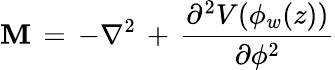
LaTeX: {\cal\mathbf{M}}\, =\, -\nabla^{2}\, +\, \frac{{\partial^{2}V(\phi_{w}(z))}}{{\partial\phi^{2}}}